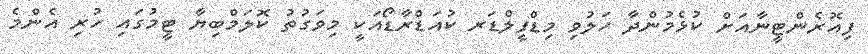
ފިއޮރެންޓީނާއަށް ކުޅެމުންދާ ހަލުވި މިޑްފީލްޑަރ ކުއަޑްރާޑޯއަކީ މިވަގުތު ކޮލަމްބިޔާ ޓީމުގައި ހުރި އެންމެ